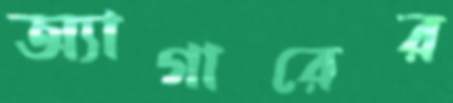
অ্যাগারের